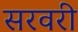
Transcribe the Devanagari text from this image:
सरवरी